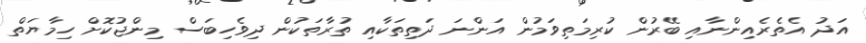
އަދު އެތެރެއިންނާއި ބޭރުން ކުރިމަތިވަމުން އަންނަ ދަތިތަކާއި ތުރާތަކުން ދިވެހިބަސް މިންޖުކޮށް ހިމާޔަތް